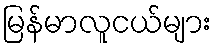
မြန်မာလူငယ်များ